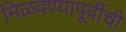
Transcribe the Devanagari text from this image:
मिळवण्यापूर्वीची